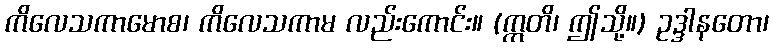
ကိလေသကာမောစ၊ ကိလေသကာမ လည်းကောင်း။ (ဣတိ၊ ဤသို့။) ဥဒ္ဒါနတော၊